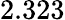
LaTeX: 2.323